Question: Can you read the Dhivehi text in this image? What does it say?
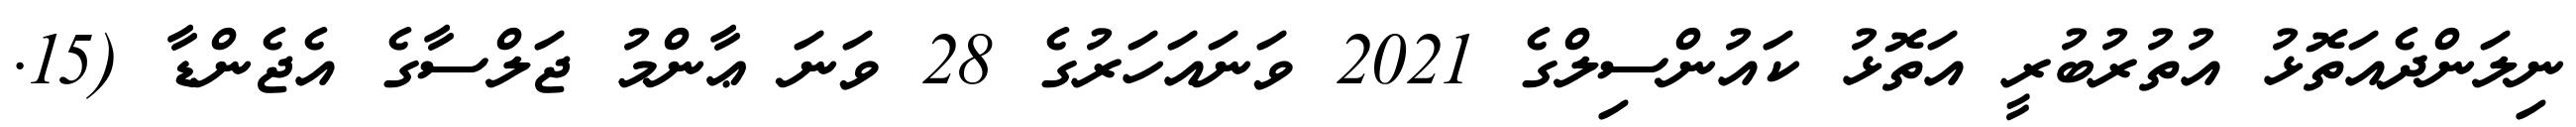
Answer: ނިލަންދެއަތޮޅު އުތުރުބުރީ އަތޮޅު ކައުންސިލްގެ 2021 ވަނައަހަރުގެ 28 ވަނަ ޢާންމު ޖަލްސާގެ އެޖެންޑާ (15.